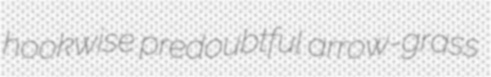
hookwise predoubtful arrow-grass